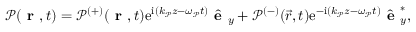
\mathcal { P } ( \textbf { r } , t ) = \mathcal { P } ^ { ( + ) } ( \textbf { r } , t ) \mathrm { e } ^ { \mathrm { i } \left( k _ { \mathcal { P } } z - \omega _ { \mathcal { P } } t \right) } \hat { \textbf { e } } _ { y } + \mathcal { P } ^ { ( - ) } ( \vec { r } , t ) \mathrm { e } ^ { - \mathrm { i } \left( k _ { \mathcal { P } } z - \omega _ { \mathcal { P } } t \right) } \hat { \textbf { e } } _ { y } ^ { * } ,